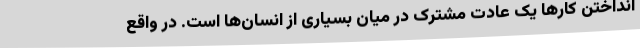
انداختن کارها یک عادت مشترک در میان بسیاری از انسان‌ها است. در واقع